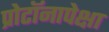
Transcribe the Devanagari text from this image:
प्रोटॉनापेक्षा